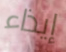
إيذاء